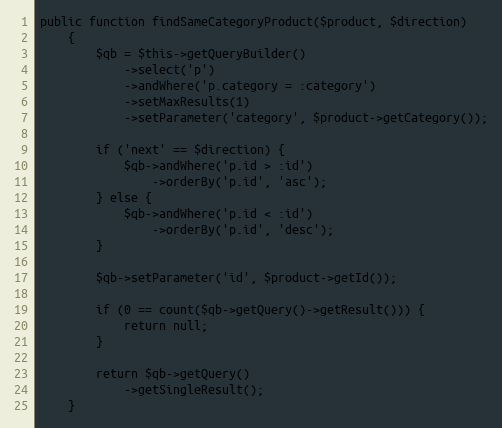
Language: PHP
public function findSameCategoryProduct($product, $direction)
    {
        $qb = $this->getQueryBuilder()
            ->select('p')
            ->andWhere('p.category = :category')
            ->setMaxResults(1)
            ->setParameter('category', $product->getCategory());

        if ('next' == $direction) {
            $qb->andWhere('p.id > :id')
                ->orderBy('p.id', 'asc');
        } else {
            $qb->andWhere('p.id < :id')
                ->orderBy('p.id', 'desc');
        }

        $qb->setParameter('id', $product->getId());

        if (0 == count($qb->getQuery()->getResult())) {
            return null;
        }

        return $qb->getQuery()
            ->getSingleResult();
    }